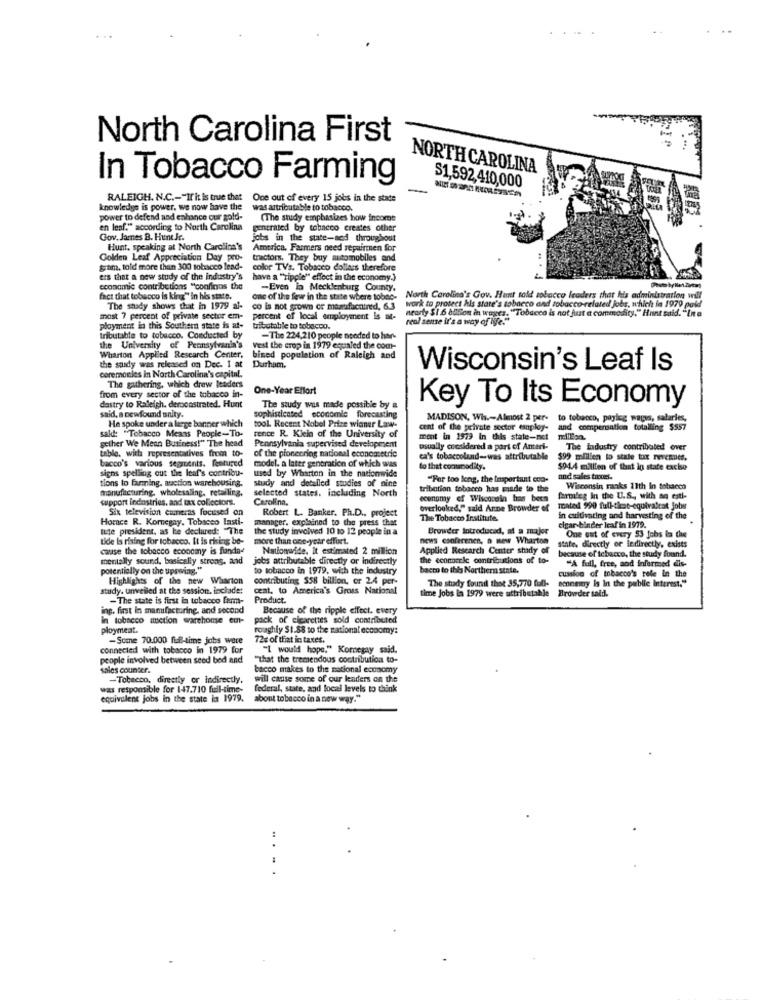
North Carolina First
NORTH CAROLINA
In Tobacco Farming
S1,592,410,000
RALEIGH. N.C .- "If it is true that One out of every 15 jobs in the state
knowledge is power. we now have the
was attributable to tobacco.
power to defend and enhance our gold-
(The study emphasizes how income
en leaf." according to North Carolina
generated by tobacco creates other
Gov. James B. Hune.kr.
jobs in the state-and throughout
Hunt, speaking at North Carolina's
America, Farmers need repairmen for
Golden Leaf Appreciation Day pro-
tractors. They buy automobiles and
Spam. told more than 300 tobacco lead-
color TVs. Tobacco dollars therefore
ers that a new study of the industry's
have a ""ripple"" effect in the economy.)
economic contributions "confinns the
-Even in Mecklenburg County,
fact that tobacco is king" in his state.
one of the few in the state where tobno-
North Carolina's Gov. Humt sold tobacco leaders that his administration will
The shady shows that in 1979 al-
co is not grown or manufacnined, 6.3
work to protect hls state's tobacco and tobacco-related jobs, which in 1970 paid
nearly $1 6 adlon in wages. "Tobacco is not fut a commodity." Hunt said. "In a
most 7 percent of private sector em-
percent of local employment is at-
real sense it's a way of life."
ployment in this Southern state is at-
tributable to tobacco.
tributable to tobacco. Conducted by
-The 224,210 people needed to har-
the University of Pennsylvania's
vest the crop in 1979 equaled the com-
Wharton Applied Research Center, bined population of Raleigh and
ceremonies in North Carolina's capital.
the sandy was released on Dec. I at
Durham.
Wisconsin's Leaf Is
The gathering, which drew leaders
from every sector of the tobacco in-
One-Year Effort
dastry to Raleigh. demonstrated. Hunt
The study was made possible by a
Key To Its Economy
said, a newfound unity.
He spoke under a large banner which
sophisticated economie forecasting
to tobacco, payleg wapis, salaries,
sak: "Tobacco Means People-To-
tool Recent Nobel Prize winner Law-
cent of the private sector employ-
and compensation totalling $557
gether We Mean Business!" The head
tence R. Klein of the University of
ment in 1979 In this state-net
million.
Pennsylvania supervised development
of the pioneering national econometric
usually considered a part of Ameri-
The industry contributed over
table. wirts representatives from to-
bacco's various segments. featured
ca's tobaccoland-was attributable
$99 mlillen to stale tax revenues.
signs spelling out the leaf's contribu-
model, a later generation of which was
to that contmodity.
$94.4 million of that in state cache
tions to farming. auction warehousing.
study and detalled studies of nine
used by Wharton in the nationwide
"For too long, the Important con-
and sales traces.
manufacturing, wholesaling, retailing.
selected states, including North
tribution tobacco has made to the
Wisconsin ranks 11th in tobacco
support industries, and tax collectors.
Carolina.
economy of Wisconsin Imas been
farmleg in the U.S ., with an estl-
Six television cameras focused on
Robert L. Banker. Ph.D ., project
overlooked," said Arne Browder of
mated 990 full-these-equivaleat jobs
Horace R. Komnegay, Tobacco Lasti-
manager. explained to the press that
The Tobacco Institute.
in cultivating and harvesting of the
elgar binder leaf in 1979.
lute president, as ke declared: "The
the study involved 10 to 12 people in a
Browder Introduced, at a major
tidle is rising for tobacco. It is rising be-
more than one-year effort.
news conferenen, a new Wharton
One out of every 53 jobs in the
cause the tobacco economy is flanda+
Nationwide. It estimated 2 million
Applied Research Center study of
State, directly or ledirectly, exists
mentally sound, basically strong, and
jobs attributable directly or Indirectly
the cconocele contributions of to-
because of tobacco, the study found.
"A full, free, and informed dis-
potentially on the upswing.
to tobacco in 1979, with the industry
bacto to this Northern state.
Highlights of the new Wharton
contributing $58 billion, or 2.4 per-
cussion of tobacco's rele In the
study. unveiled at the session, inclade:
ceat, to America's Gross National
The stady found thot 35,770 full- economy is In the public Interest."
- The state is first in tobacco farm-
Product.
time Jobs in 1979 were attributable Browder said.
ing. first in manufacturing, and second
Because of the ripple effect, every
in tobacco miction warehouse eu-
pack of cigarettes sold contributed
ploymeat.
roughly $1.88 to the national economy:
-Some 70.000 full-time jobs were
72g of that in taxes.
connected with tobacco in 1979 for
"I would hope." Kometay said.
people involved between seed bed and
"That the tremendous contribution to-
sales counter.
bacco makes to the national economy
-Tobacco, directly or Indirectly,
will cause some of our lenders on the
was responsible for 1-47.710 full-time-
federal, state, and local levels to think
equivalent jobs in the state in 1979.
about tobacco in a new way."
....